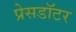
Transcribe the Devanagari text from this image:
प्रेसडॉटर